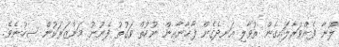
ލޫނާ ފެންވަރާލައިގެން ތުވާލި އަނދެގެން ފާޚާނާއިން ނުކުތް ވަގުތު ފެނުނު މަންޒަރަކުން ސިހުނެވެ.